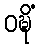
ဝဍ္ဎိံ